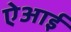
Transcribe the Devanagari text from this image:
ऐआई